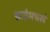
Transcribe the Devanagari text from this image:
ढगांमधलं